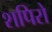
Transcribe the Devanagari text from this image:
शपिरो